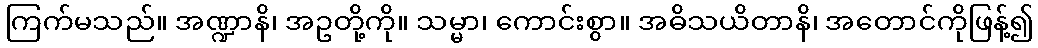
ကြက်မသည်။ အဏ္ဍာနိ၊ အဥတို့ကို။ သမ္မာ၊ ကောင်းစွာ။ အဓိသယိတာနိ၊ အတောင်ကိုဖြန့်၍